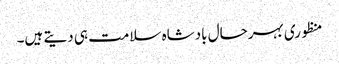
منظوری بہرحال بادشاہ سلامت ہی دیتے ہیں۔